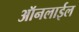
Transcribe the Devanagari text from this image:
ऑनलाईल